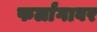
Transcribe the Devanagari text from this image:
फर्लांगावर